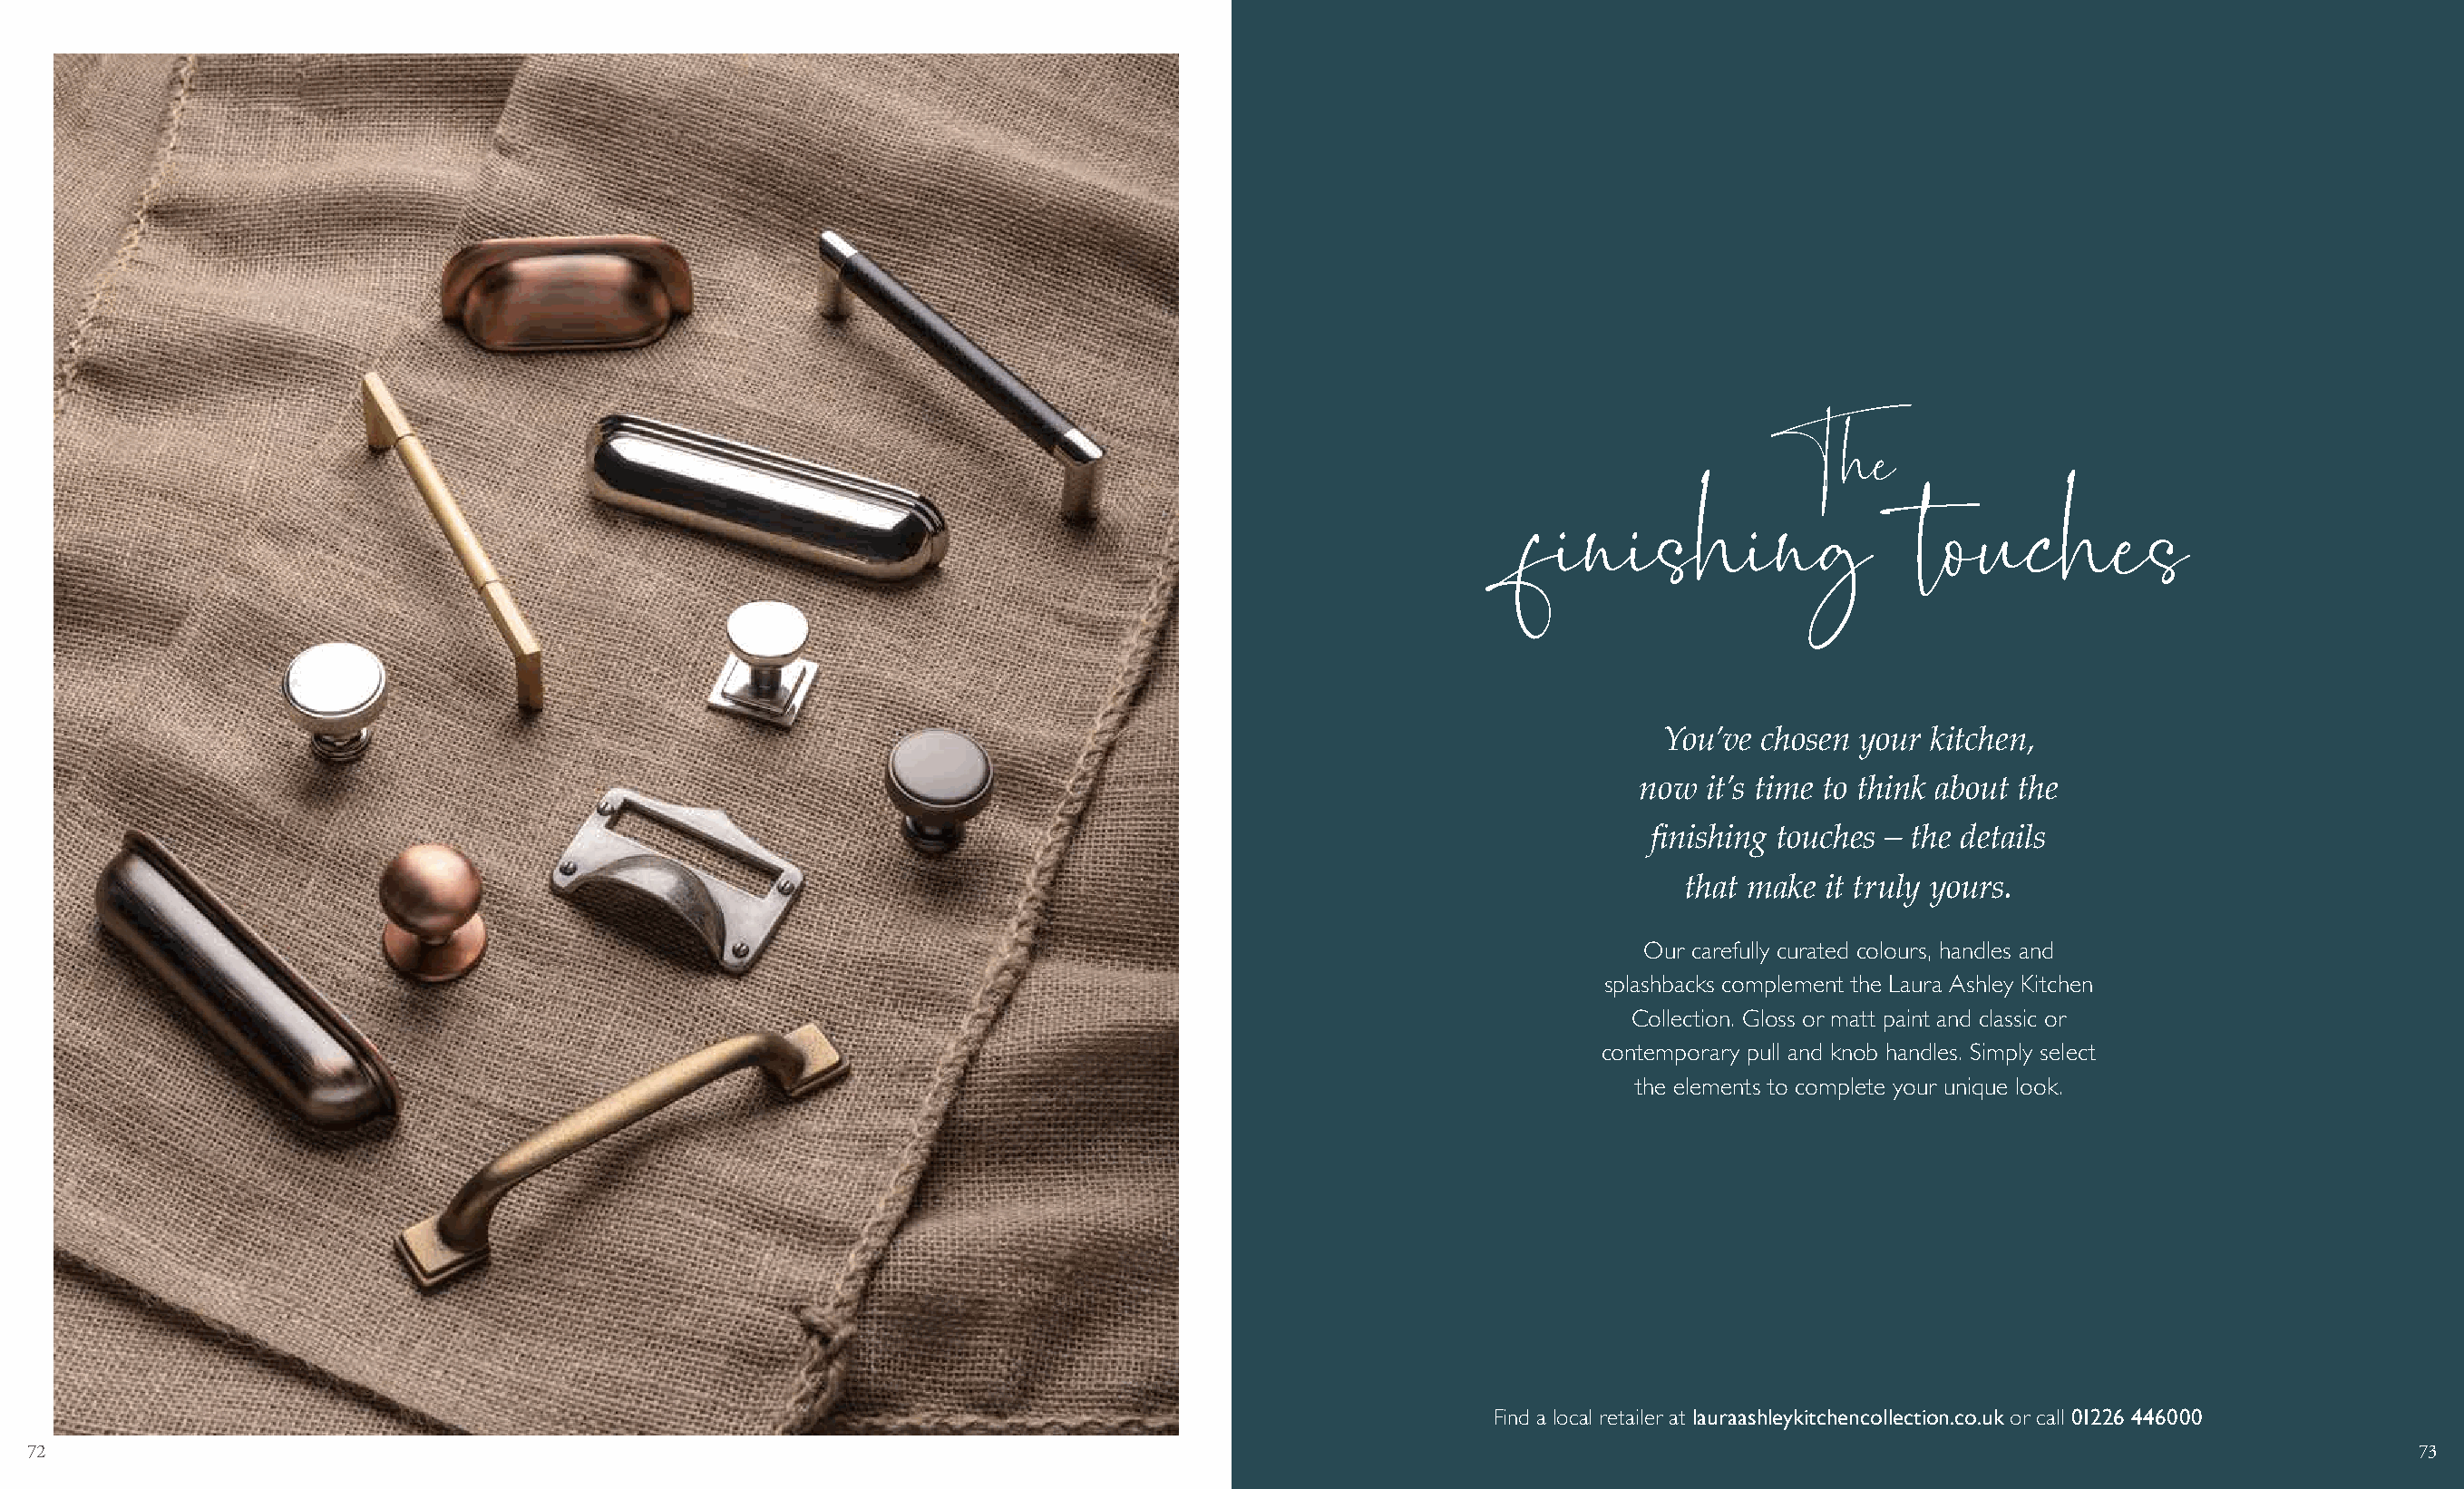
The
 finishing                    touches
 You’ve chosen  your kitchen,
 now  it’s time to think about the
 finishing touches – the details
 that make it truly yours.
 Our carefully curated colours, handles and
 splashbacks complement the Laura Ashley Kitchen
 Collection. Gloss or matt paint and classic or
 contemporary pull and knob handles. Simply select
 the elements to complete your unique look.
 Find a local retailer at lauraashleykitchencollection.co.uk or call 01226 446000
 72                                                                                                                                                                             73